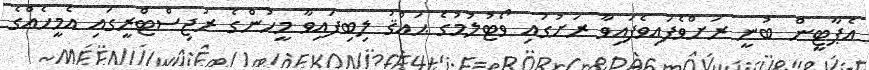
އެޕާޓީން ބުނީ ރަށްވެފައިވެފައިވާ ރަށުގައި ވޯޓުލުމުގެ ޙައްޤު ލިބިފައިވާ މީހުންގެ ރަޖިސްޓްރީގައި އެމީހެއްގެ